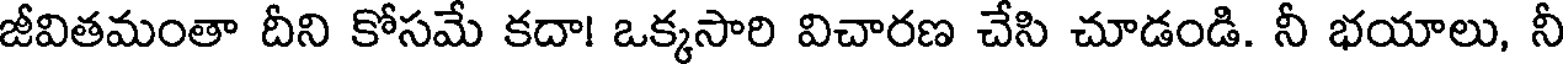
జీవితమంతా దీని కోసమే కదా! ఒక్కసారి విచారణ చేసి చూడండి. నీ భయాలు, నీ